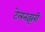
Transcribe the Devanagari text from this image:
टेलनझरी